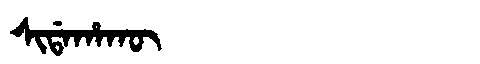
Manchu: ᠰᡳᡩᠠᡥᠠᡴᡡ
Romanization: SIDAHAKŪ